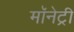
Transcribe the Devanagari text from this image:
मॉनेट्री